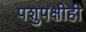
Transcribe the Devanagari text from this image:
पशुपक्षीही